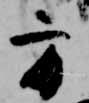
方